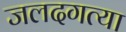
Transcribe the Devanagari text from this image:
जलदगत्या